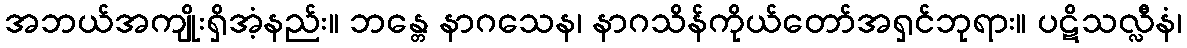
အဘယ်အကျိုးရှိအံ့နည်း။ ဘန္တေ နာဂသေန၊ နာဂသိန်ကိုယ်တော်အရှင်ဘုရား။ ပဋိသလ္လီနံ၊